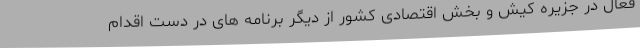
فعال در جزیره کیش و بخش اقتصادی کشور از دیگر برنامه های در دست اقدام